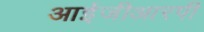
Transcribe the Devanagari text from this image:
आईजीआरपी